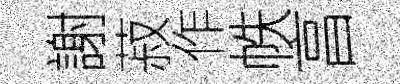
謝菽作帙亯